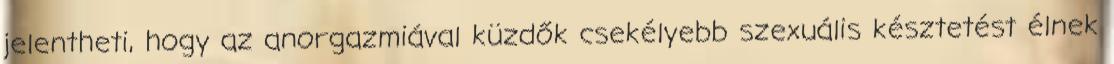
jelentheti, hogy az anorgazmiával küzdők csekélyebb szexuális késztetést élnek